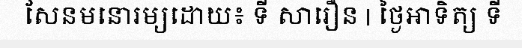
សែនមនោរម្យដោយ៖ ទី សារឿន | ថ្ងៃអាទិត្យ ទី